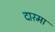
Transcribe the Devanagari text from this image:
दारमा